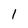
Character: 1